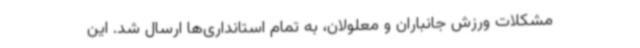
مشکلات ورزش جانباران و معلولان، به تمام استانداری‌ها ارسال شد. این